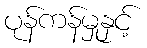
ပုန်ကန်မှုနှင့်